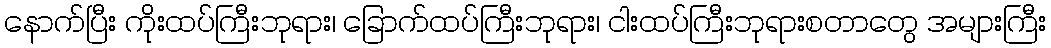
နောက်ပြီး ကိုးထပ်ကြီးဘုရား၊ ခြောက်ထပ်ကြီးဘုရား၊ ငါးထပ်ကြီးဘုရားစတာတွေ အများကြီး